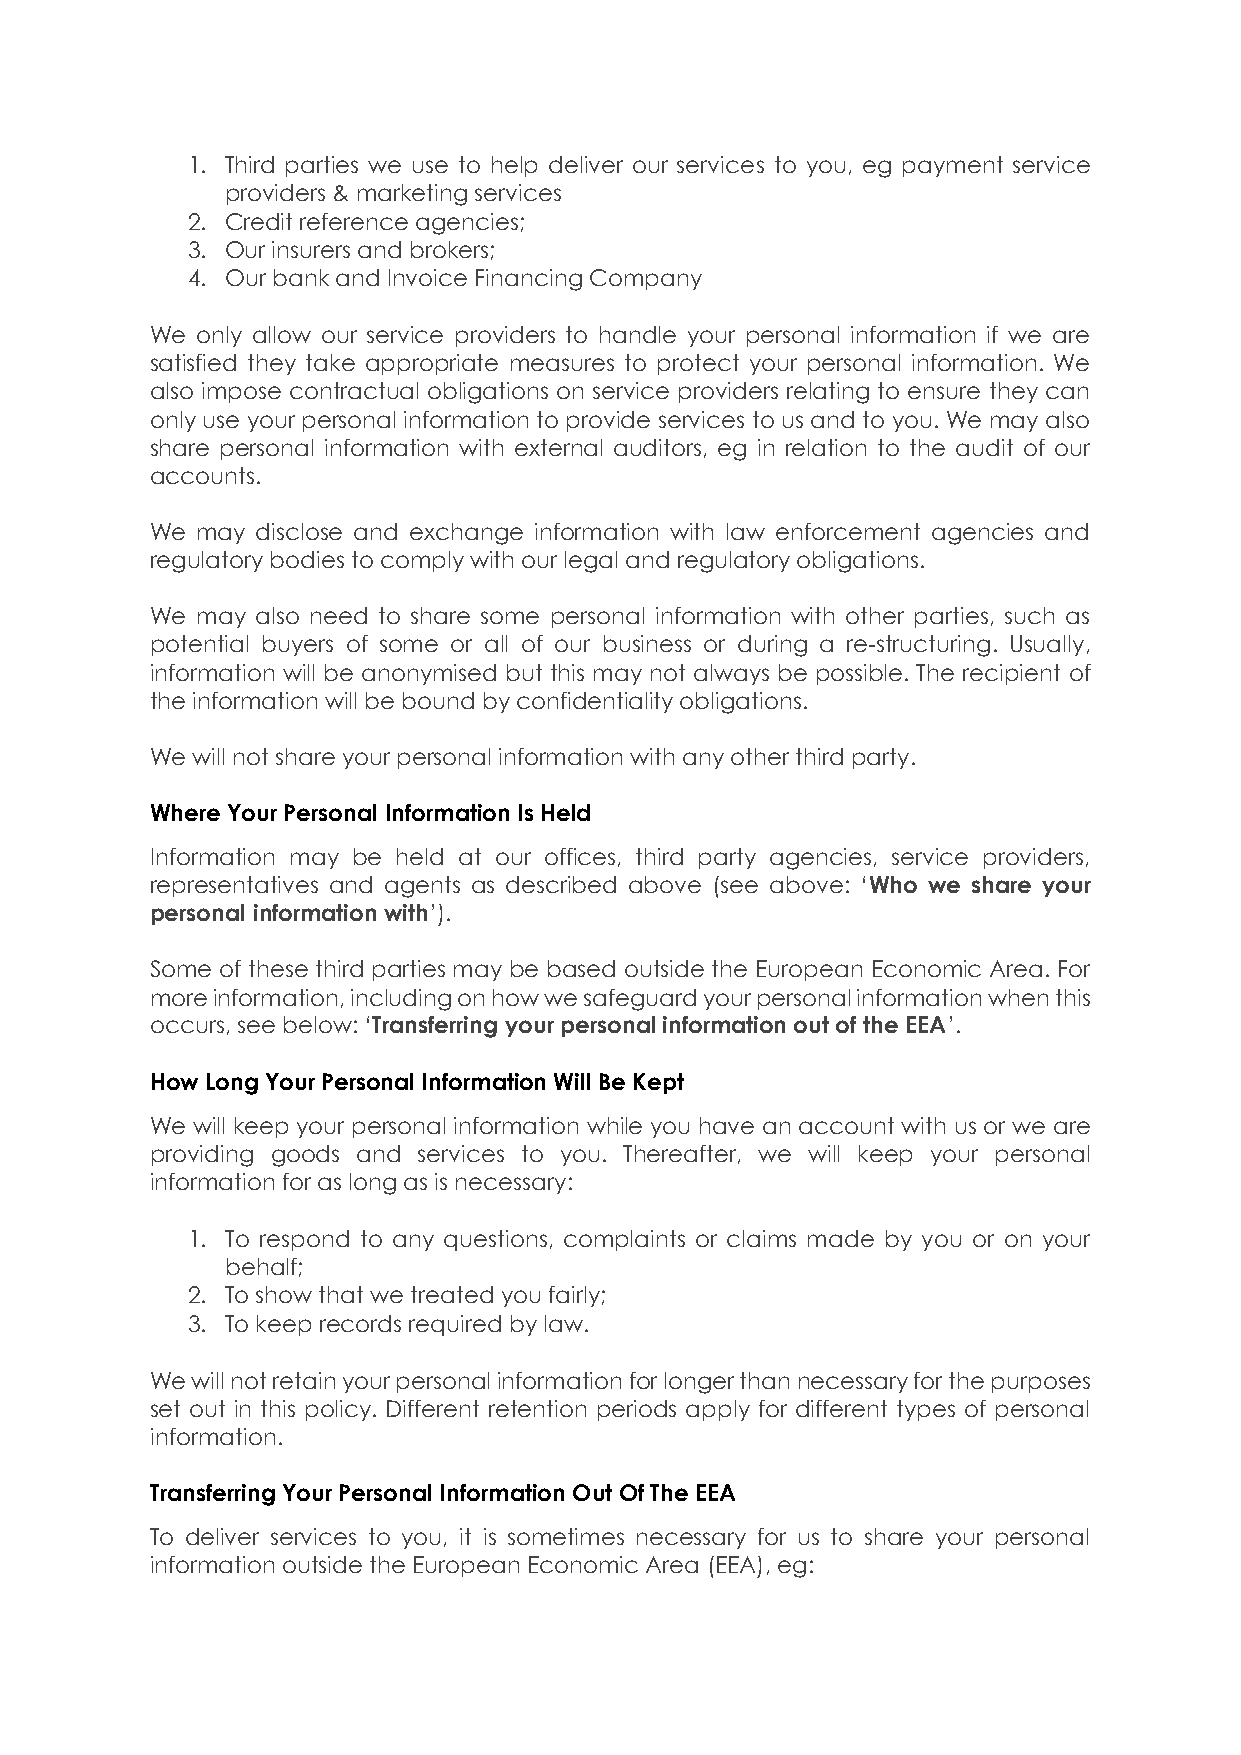
1. Third parties we use to help deliver our services to you, eg payment service
 providers & marketing services
 2. Credit reference agencies;
 3. Our insurers and brokers;
 4. Our bank and Invoice Financing Company
 We only allow our service providers to handle your personal information if we are
 satisfied they take appropriate measures to protect your personal information. We
 also impose contractual obligations on service providers relating to ensure they can
 only use your personal information to provide services to us and to you. We may also
 share personal information with external auditors, eg in relation to the audit of our
 accounts.
 We may disclose and exchange information with law enforcement agencies and
 regulatory bodies to comply with our legal and regulatory obligations.
 We may also need to share some personal information with other parties, such as
 potential buyers of some or all of our business or during a re-structuring. Usually,
 information will be anonymised but this may not always be possible. The recipient of
 the information will be bound by confidentiality obligations.
 We will not share your personal information with any other third party.
 Where Your Personal Information Is Held
 Information may be held at our offices, third party agencies, service providers,
 representatives and agents as described above (see above: ‘Who we share your
 personal information with’).
 Some of these third parties may be based outside the European Economic Area. For
 more information, including on how we safeguard your personal information when this
 occurs, see below: ‘Transferring your personal information out of the EEA’.
 How Long Your Personal Information Will Be Kept
 We will keep your personal information while you have an account with us or we are
 providing goods and services to you. Thereafter, we will keep your personal
 information for as long as is necessary:
 1. To respond to any questions, complaints or claims made by you or on your
 behalf;
 2. To show that we treated you fairly;
 3. To keep records required by law.
 We will not retain your personal information for longer than necessary for the purposes
 set out in this policy. Different retention periods apply for different types of personal
 information.
 Transferring Your Personal Information Out Of The EEA
 To deliver services to you, it is sometimes necessary for us to share your personal
 information outside the European Economic Area (EEA), eg: